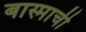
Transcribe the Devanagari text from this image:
बास्माची